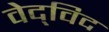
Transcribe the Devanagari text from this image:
वेद्‍विद